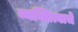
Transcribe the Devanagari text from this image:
व्यक्तित्वाचे